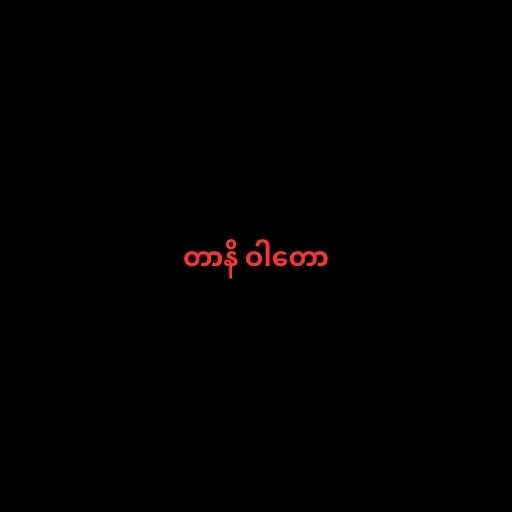
တာနိ ဝါတော